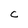
Character: C